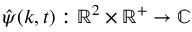
\hat { \psi } ( \boldsymbol { k } , t ) : \mathbb { R } ^ { 2 } \times \mathbb { R } ^ { + } \rightarrow \mathbb { C }